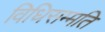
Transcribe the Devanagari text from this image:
विधिसम्मति